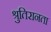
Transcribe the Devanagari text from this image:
श्रुतिरानता